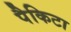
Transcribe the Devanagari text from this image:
पैकिटा